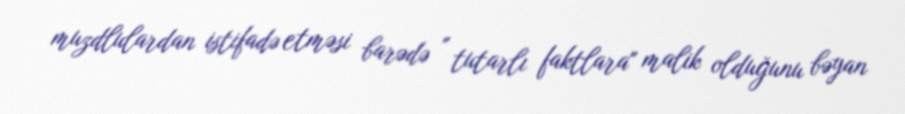
muzdlulardan istifadə etməsi barədə " tutarlı faktlara" malik olduğunu bəyan